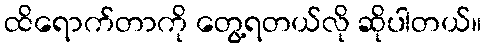
ထိရောက်တာကို တွေ့ရတယ်လို ဆိုပါတယ်။